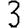
Digit: 3